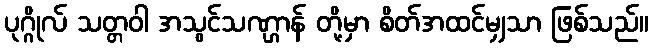
ပုဂ္ဂိုလ် သတ္တဝါ အသွင်သဏ္ဌာန် တို့မှာ စိတ်အထင်မျှသာ ဖြစ်သည်။